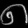
Digit: ၈